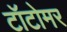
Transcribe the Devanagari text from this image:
टॉटोमर